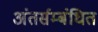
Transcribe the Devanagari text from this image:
अंतर्सम्बंधित